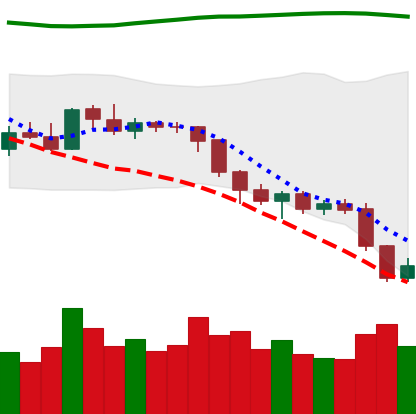
Ticker: ETH-USD
Chart end date: 2018-08-09
Forward return: -23.703%
Label: down_7plus